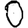
Digit: 0